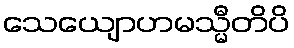
သေယျောဟမသ္မီတိပိ